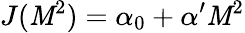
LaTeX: J(\mathit{M}^{2})=\alpha_{0}+\alpha^{\prime}\mathit{M}^{2}